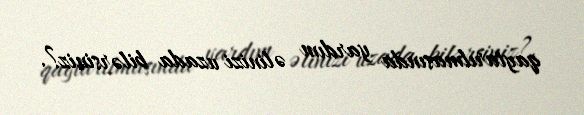
qaytarılmasında yardım əlinizi uzada bilərsiniz?.